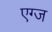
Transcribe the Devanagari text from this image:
एग्ज